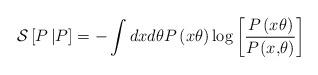
LaTeX: \begin{align*}\mathcal{S}\left[ P\left\vert P_{}\right. \right] \overset{}{=}-\int dxd\theta P\left( x\theta\right) \log\left[\frac{P\left( x\theta\right) }{P_{}\left( x\text{,}\theta\right) }\right] \end{align*}